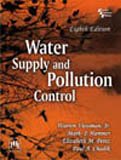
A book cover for Water Supply and Pollution Control; Warren Viessman; Science & Math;